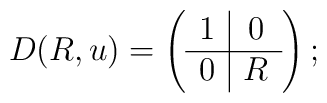
D(R, u) = \left(\begin{array}{c|c} 1 & 0 \\ \hline 0 & R \end{array}\right);